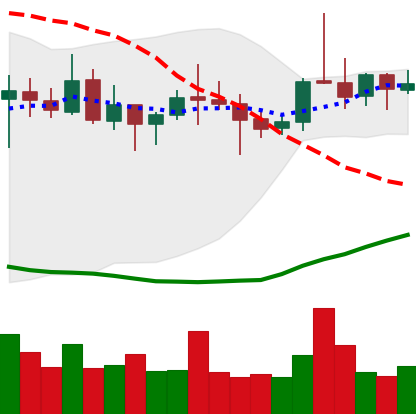
Ticker: ETC-USD
Chart end date: 2021-10-25
Forward return: -4.603%
Label: down_3_5